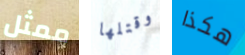
ممثل وقتلها هكذا